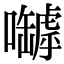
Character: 嚹